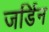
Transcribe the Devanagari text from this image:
जर्डिन